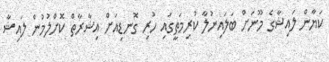
ކަޔާން ލައިޝާގެ މޫނަށް ބަލައިނުލާ ކުރިމަތީގައި ހުރި ގޮނޑިއަށް އިޝާރާތް ކޮށްލުމުން ލައިޝާ